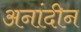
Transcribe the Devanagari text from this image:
अनांदीन